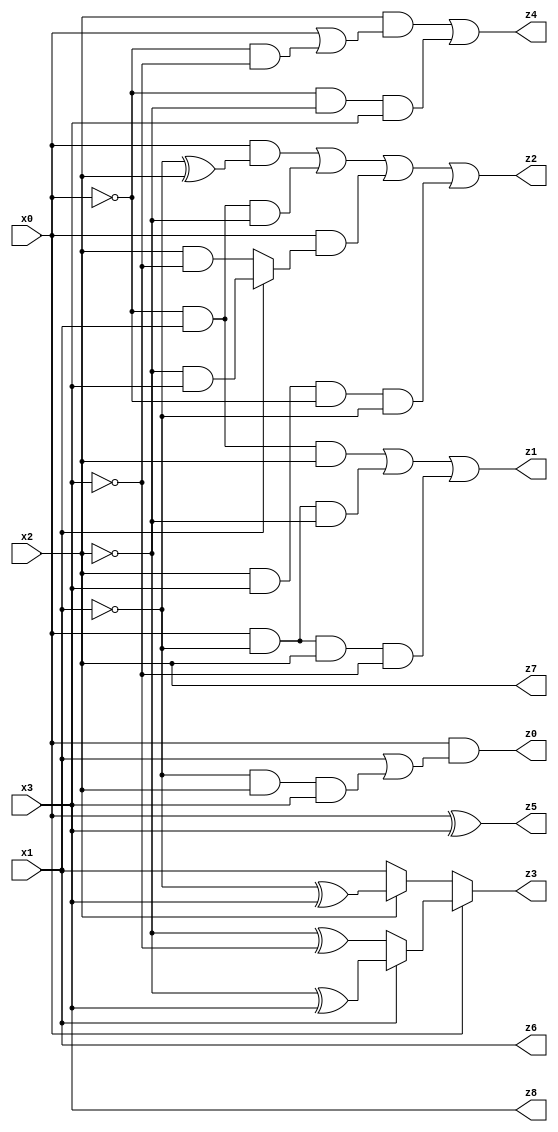
// Benchmark "X_17" written by ABC on Tue Jun 06 23:41:02 2023

module X_17 ( 
    x0, x1, x2, x3,
    z0, z1, z2, z3, z4, z5, z6, z7, z8  );
  input  x0, x1, x2, x3;
  output z0, z1, z2, z3, z4, z5, z6, z7, z8;
  assign z0 = x0 & (x1 | (~x1 & x2 & x3));
  assign z1 = (~x0 & x1 & x2) | (x0 & ~x1 & ~x2) | (x0 & ~x1 & x2 & ~x3);
  assign z2 = (x0 & (~x1 ^ x2)) | (~x0 & x1 & ~x2) | (x0 & (x1 ? (~x2 & x3) : (x2 & ~x3))) | (x2 & x3 & ~x0 & ~x1);
  assign z3 = x0 ? (x1 ? (~x2 ^ x3) : (~x2 ^ ~x3)) : (x2 ? (~x1 ^ x3) : x1);
  assign z4 = (x2 & (x0 | (~x0 & ~x3))) | (~x0 & ~x2 & x3);
  assign z5 = x0 ^ x3;
  assign z6 = x1;
  assign z7 = x2;
  assign z8 = x3;
endmodule